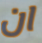
ان